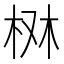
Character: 𣑔